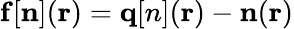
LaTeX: {\mathbf f}[{\mathbf n}]({\mathbf r})={\mathbf q[n]}({\mathbf r})-{\mathbf n}({\mathbf r})